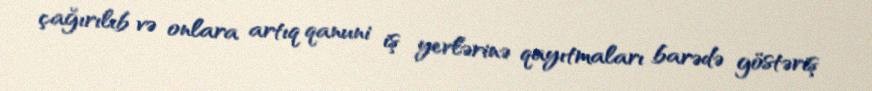
çağırılıb və onlara artıq qanuni iş yerlərinə qayıtmaları barədə göstəriş